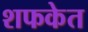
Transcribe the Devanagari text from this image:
शफकेत